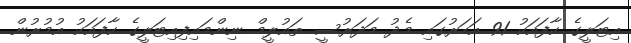
އިޓަލީގެ ކާފައަކު 91 އަހަރުގައި މެދު މަދަރުސީ ތައުލީމް ނިންމައިފިއިޓަލީގެ ކާފައަކު އުމުރުން